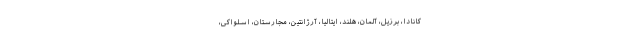
کانادا، برزیل، آلمان، هلند، ایتالیا، آرژانتین، مجارستان، اسلواکی،